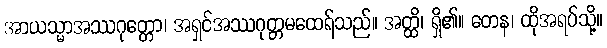
အာယသ္မာအဿဂုတ္တော၊ အရှင်အဿဂုတ္တမထေရ်သည်။ အတ္ထိ၊ ရှိ၏။ တေန၊ ထိုအရပ်သို့။